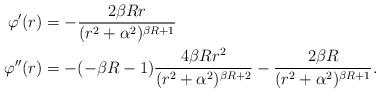
LaTeX: \begin{align*}\varphi'(r)&=-\dfrac{2 \beta R r}{(r^2+\alpha^2)^{\beta R+1}}\\\varphi''(r)&=-(-\beta R-1)\dfrac{4\beta R r^2}{(r^2+\alpha^2)^{\beta R+2}}-\dfrac{2 \beta R}{(r^2+\alpha^2)^{\beta R+1}}.\end{align*}